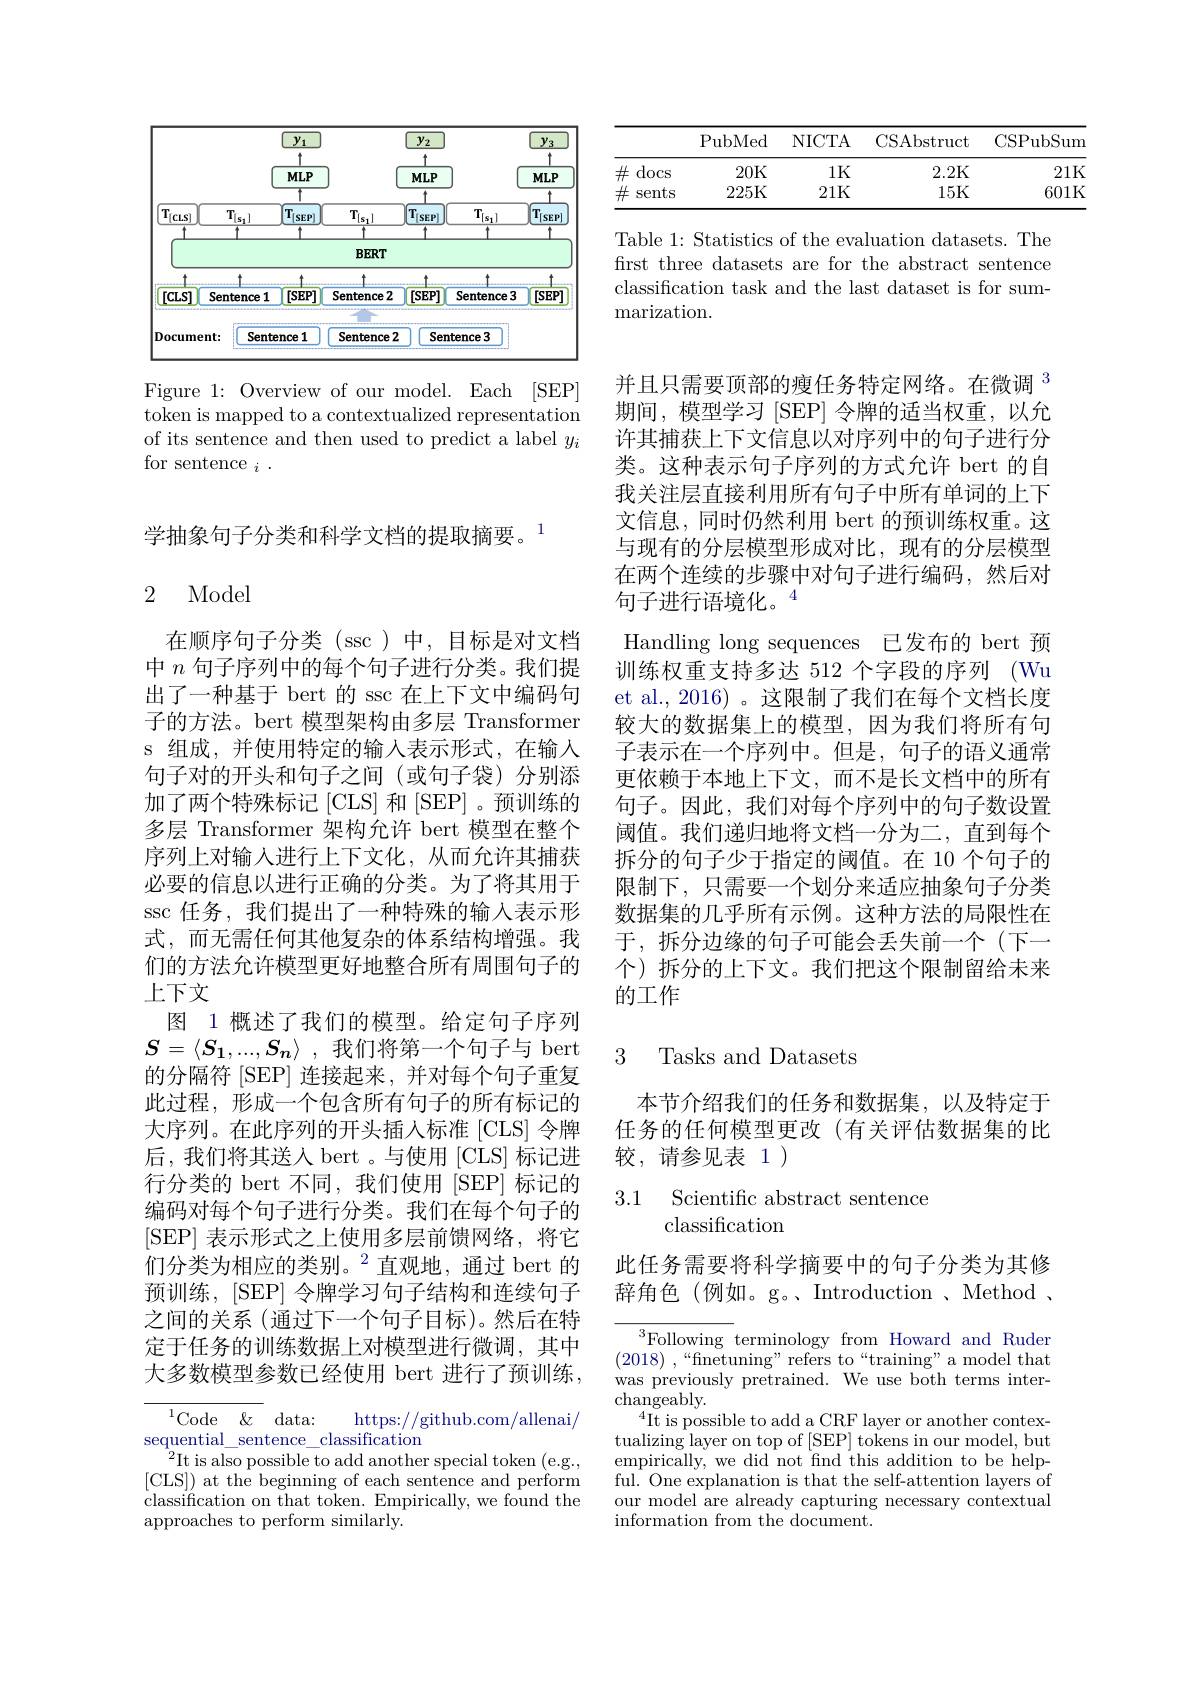
<FigureHere>

Figure 1: Overview of our model. Each [SEP] token is mapped to a contextualized representation of its sentence and then used to predict a label $y_i$ for sentence $_i$

学抽象句子分类和科学文档的提取摘要。$^{1}$

## 2 Model

在顺序句子分类(ssc)中，目标是对文档中$n$句子序列中的每个句子进行分类。我们提出了一种基于 bert 的 ssc 在上下文中编码句子的方法。bert 模型架构由多层 Transformer s 组成，并使用特定的输入表示形式，在输入句子对的开头和句子之间(或句子袋)分别添加了两个特殊标记[CLS] 和[SEP]。预训练的多层 Transformer 架构允许 bert 模型在整个序列上对输入进行上下文化，从而允许其捕获必要的信息以进行正确的分类。为了将其用于ssc 任务，我们提出了一种特殊的输入表示形式，而无需任何其他复杂的体系结构增强。我们的方法允许模型更好地整合所有周围句子的上下文
图 1 概述了我们的模型。给定句子序列$S=\langle S_1,...,S_n\rangle$ ,我们将第一个句子与 bert 的分隔符 [SEP] 连接起来，并对每个句子重复此过程，形成一个包含所有句子的所有标记的大序列。在此序列的开头插人标准 [CLS] 令牌后，我们将其送入 bert 。与使用[CLS] 标记进行分类的 bert 不同，我们使用 [SEP] 标记的编码对每个句子进行分类。我们在每个句子的[SEP]表示形式之上使用多层前馈网络，将它们分类为相应的类别。$^2$直观地，通过 bert 的预训练，[SEP] 令牌学习句子结构和连续句子之间的关系(通过下一个句子目标)。然后在特定于任务的训练数据上对模型进行微调，其中大多数模型参数已经使用 bert 进行了预训练，

$^{1}$Code $\&$ data:
https://github.com/allenai/
sequential\_sentence\_classification
$\begin{array}{cc}{\mathrm{qucnou_{-}^{\text{ocntucicce cuonticuvon}}}}\\{\mathrm{It~is~also~possible~to~add~another~special~token~(e.g.,}}\end{array}$ [CLS]) at the beginning of each sentence and perform classification on that token. Empirically, we found the ${\mathrm{approaches~to~perform~similarly.}}$

<table>
	<tbody>
		<tr>
			<th> </th>
			<th>PubMed</th>
			<th>NICTA</th>
			<th>CSAbstruct</th>
			<th>CSPubSum</th>
		</tr>
		<tr>
			<td>$\#$docs</td>
			<td>20K</td>
			<td>$1K$</td>
			<td>2.2K</td>
			<td>21K</td>
		</tr>
		<tr>
			<td>$\#$ sents</td>
			<td>225K</td>
			<td>21K</td>
			<td>15K</td>
			<td>601K</td>
		</tr>
	</tbody>
</table>

Table 1: Statistics of the evaluation datasets. The first three datasets are for the abstract sentence classification task and the last dataset is for sum- ${\mathrm{marization.}}$

并且只需要顶部的瘦任务特定网络。在微调$^{3}$ 期间，模型学习 [SEP] 令牌的适当权重，以允许其捕获上下文信息以对序列中的句子进行分类。这种表示句子序列的方式允许 bert 的自我关注层直接利用所有句子中所有单词的上下文信息，同时仍然利用 bert 的预训练权重。这与现有的分层模型形成对比，现有的分层模型在两个连续的步骤中对句子进行编码，然后对句子进行语境化。$^{4}$
Handling long sequences 已发布的 bert 预训练权重支持多达 512 个字段的序列 (Wu et al., 2016) 。这限制了我们在每个文档长度较大的数据集上的模型，因为我们将所有句子表示在一个序列中。但是，句子的语义通常更依赖于本地上下文，而不是长文档中的所有句子。因此，我们对每个序列中的句子数设置阈值。我们递归地将文档一分为二，直到每个拆分的句子少于指定的阈值。在 10 个句子的限制下，只需要一个划分来适应抽象句子分类数据集的几乎所有示例。这种方法的局限性在于，拆分边缘的句子可能会丢失前一个(下一个)拆分的上下文。我们把这个限制留给未来的工作

## 3 Tasks and Datasets

本节介绍我们的任务和数据集，以及特定于任务的任何模型更改(有关评估数据集的比较，请参见表 1 )

# 3.1 Scientific abstract sentence classification

此任务需要将科学摘要中的句子分类为其修辞角色(例如。g。、Introduction、Method ,

$\overline{{^3\text{Following }}}$terminology from Howard and Ruder (2018) $, “$fnetuning" refers to“training”a model that was previously pretrained. We use both terms inter- $\bar{\text{changeably}}.$
$^4$It is possible to add a CRF layer or another contextualizing layer on top of [SEP] tokens in our model, but empirically, we did not find this addition to be helpful. One explanation is that the self-attention layers of our model are already capturing necessary contextual information from the document.